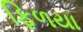
ફિળયા